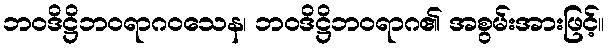
ဘဝဒိဋ္ဌိဘဝရာဂဝသေန၊ ဘဝဒိဋ္ဌိဘဝရာဂ၏ အစွမ်းအားဖြင့်။